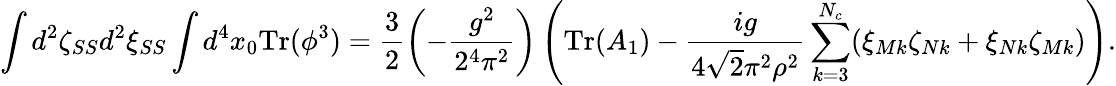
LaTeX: \int d^{2}\zeta_{SS}d^{2}\xi_{SS}\int d^{4}x_{0}\mathrm{Tr}(\phi^{3})=\frac{3}{2}\left(-\frac{g^{2}}{2^{4}\pi^{2}}\right)\left(\mathrm{Tr}(A_{1})-\frac{ig}{4\sqrt{2}\pi^{2}\rho^{2}}\sum_{k=3}^{N_{c}}(\xi_{Mk}\zeta_{Nk}+\xi_{Nk}\zeta_{Mk})\right).